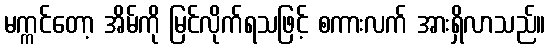
မက္ကင်တော့ အိမ်ကို မြင်လိုက်ရသဖြင့် စကားလက် အားရှိလာသည်။